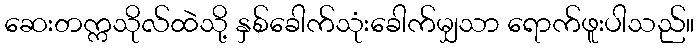
ဆေးတက္ကသိုလ်ထဲသို့ နှစ်ခေါက်သုံးခေါက်မျှသာ ရောက်ဖူးပါသည်။